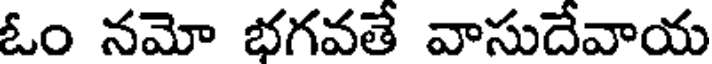
ఓం నమో భగవతే వాసుదేవాయ